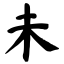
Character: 未